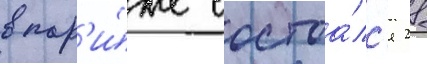
в пар'и́же состоа́лс'я 28